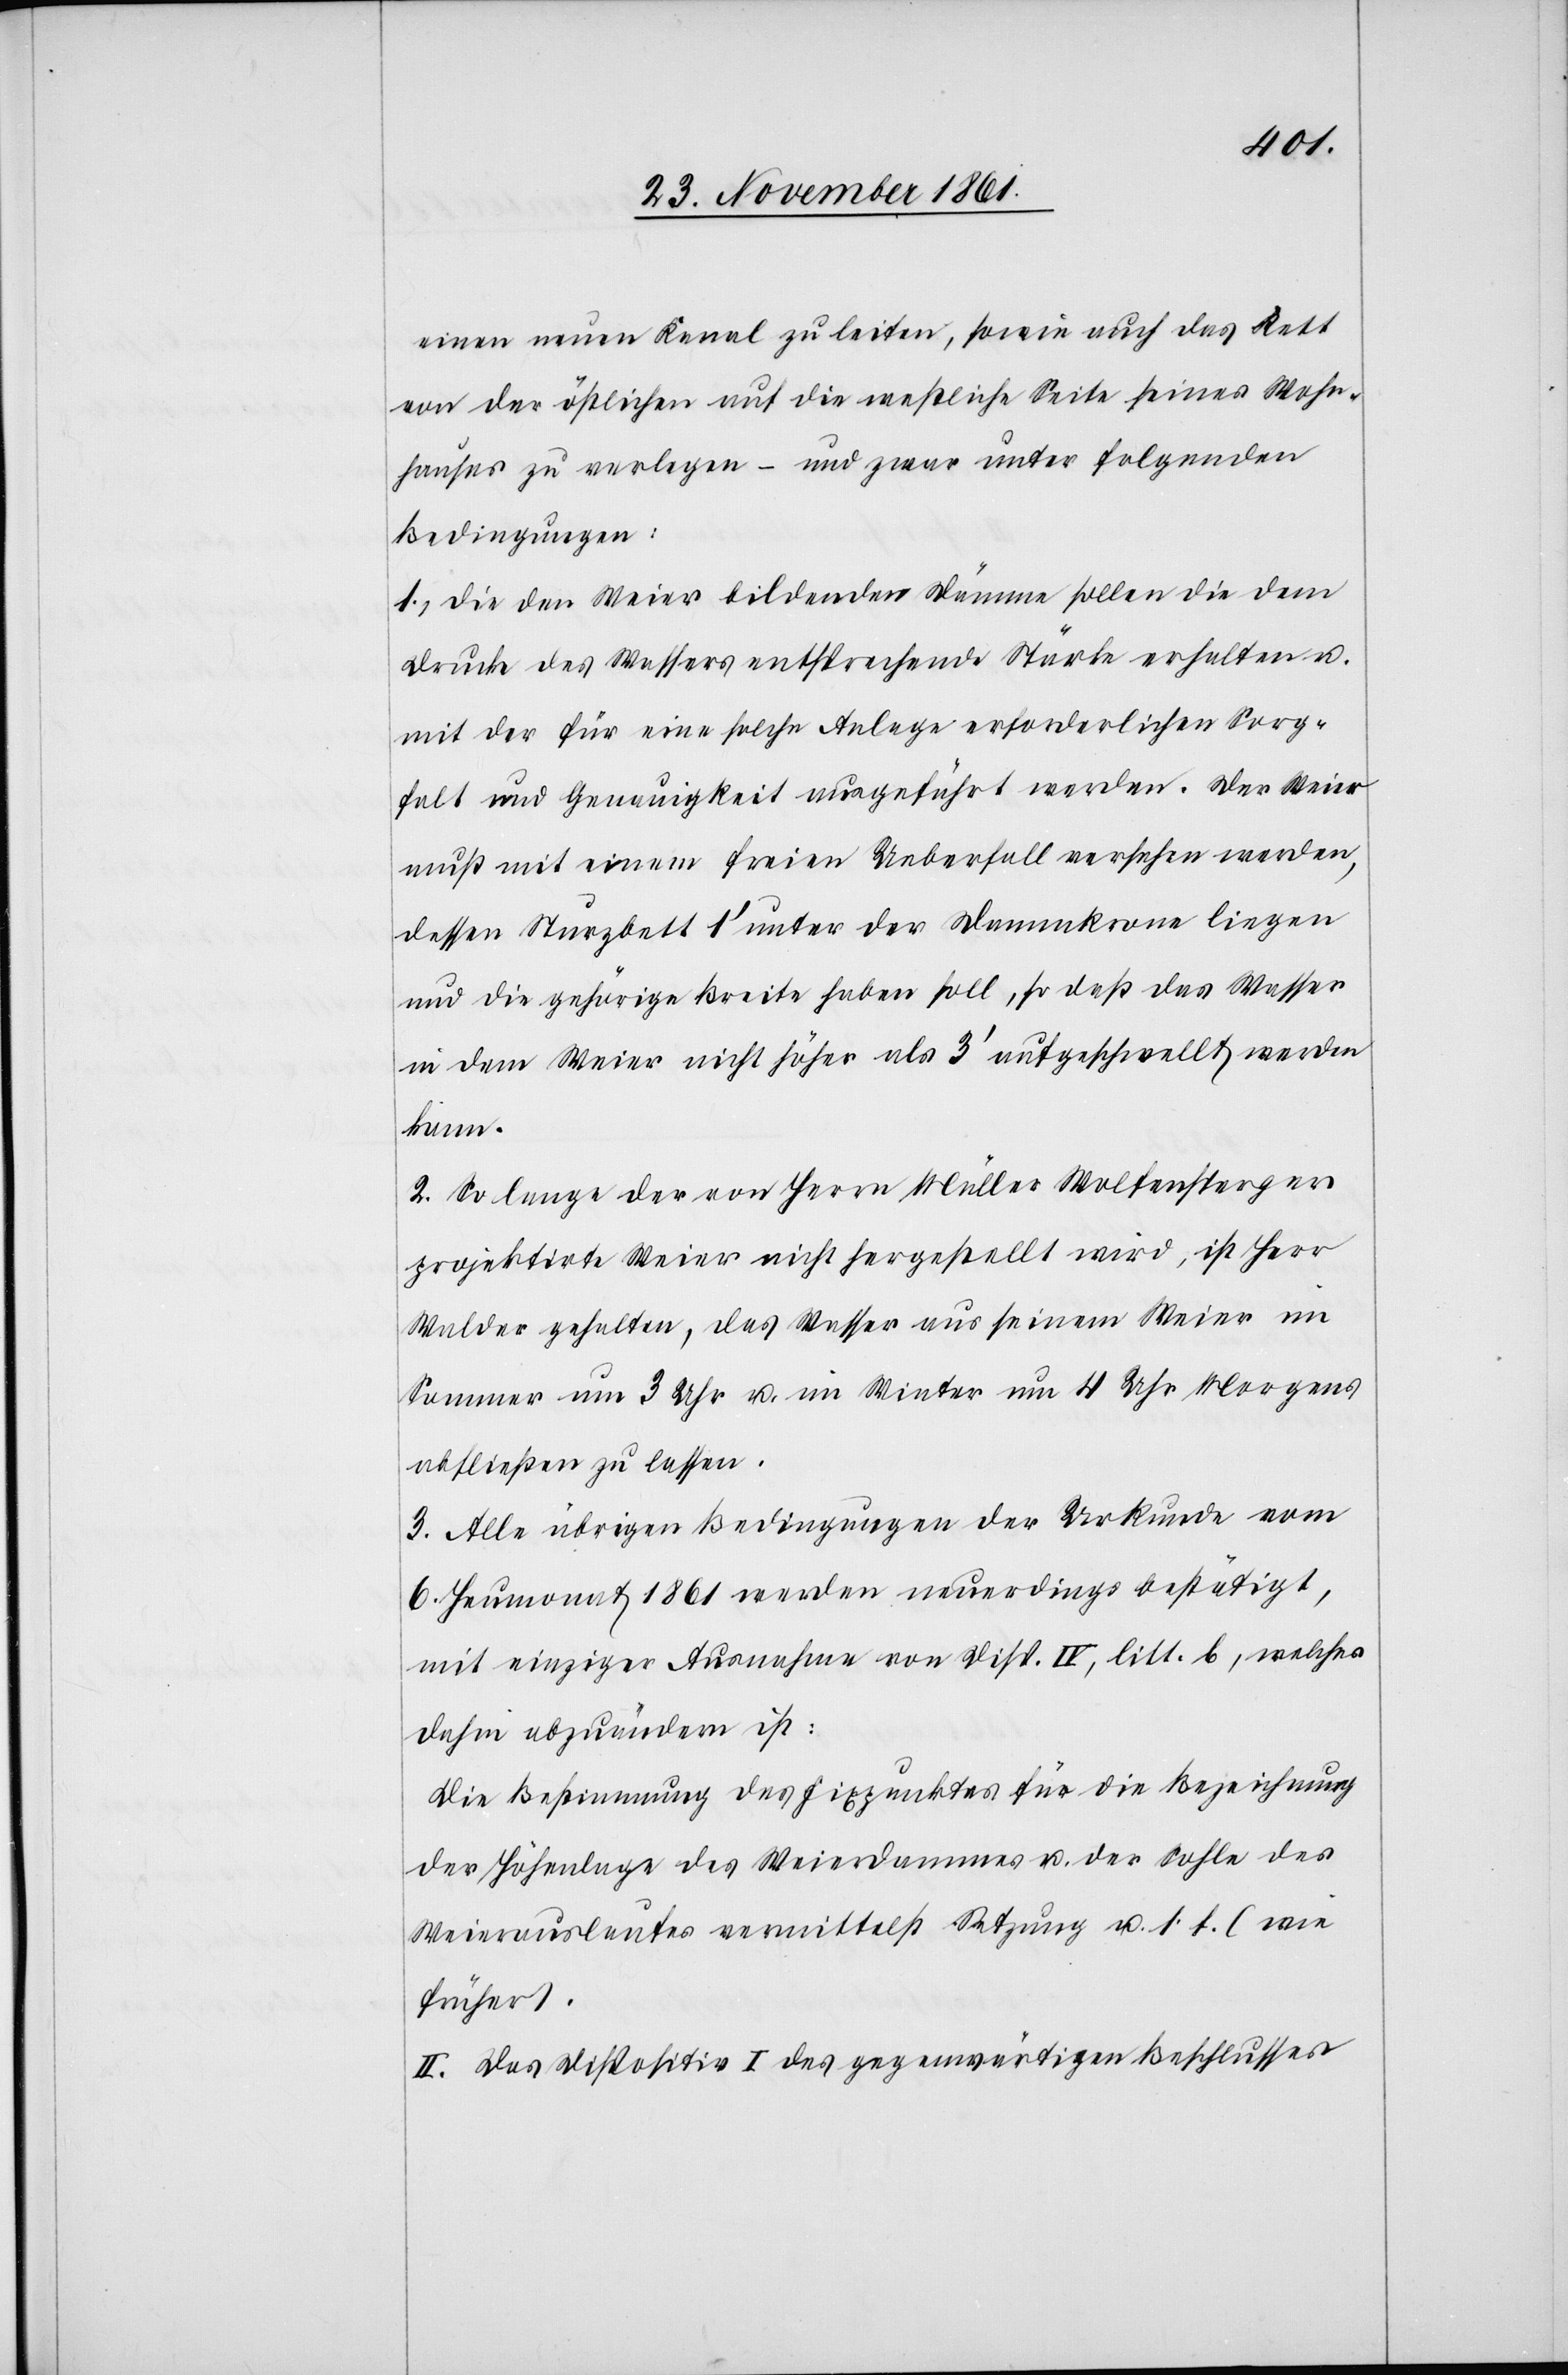
einen neuen Kanal zu leiten, sowie auch das Kett
von der östlichen auf die westliche Seite seines Wohn¬
hauses zu verlegen – und zwar unter folgenden
Bedingungen:
1.) die den Weier bildenden Dämme sollen die dem
Drucke des Wassers entsprechende Stärke erhalten u.
mit der für eine solche Anlage erforderlichen Sorg¬
falt und Genauigkeit ausgeführt werden. Der Weier
muß mit einem freien Ueberfall versehen werden,
dessen Sturzbett 1‘ unter der Dammkrone liegen
und die gehörige Breite haben soll, so daß das Wasser
in dem Weier nicht höher als 3‘ aufgeschwellt werden
kann.
2. So lange der von Herrn Müller Wolfensperger
projektirte Weier nicht hergestellt wird, ist Herr
Walder gehalten, das Wasser aus seinem Weier im
Sommer um 3 Uhr u. im Winter um 4 Uhr Morgens
abfließen zu lassen.
3. Alle übrigen Bedingungen der Urkunde vom
6 Heumonat 1861 werden neuerdings bestätigt,
mit einziger Ausnahme von Disp. IV, litt. b, welches
dahin abzuändern ist:
Die Bestimmung des Fixpunktes für die Bezeichnung
der Höhenlage des Weierdammes u. der Sohle des
Weierauslaufes vermittelst Setzung u. s. f. (wie
früher).
II. Das Dispositiv I des gegenwärtigen Beschlusses